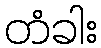
တံခါး